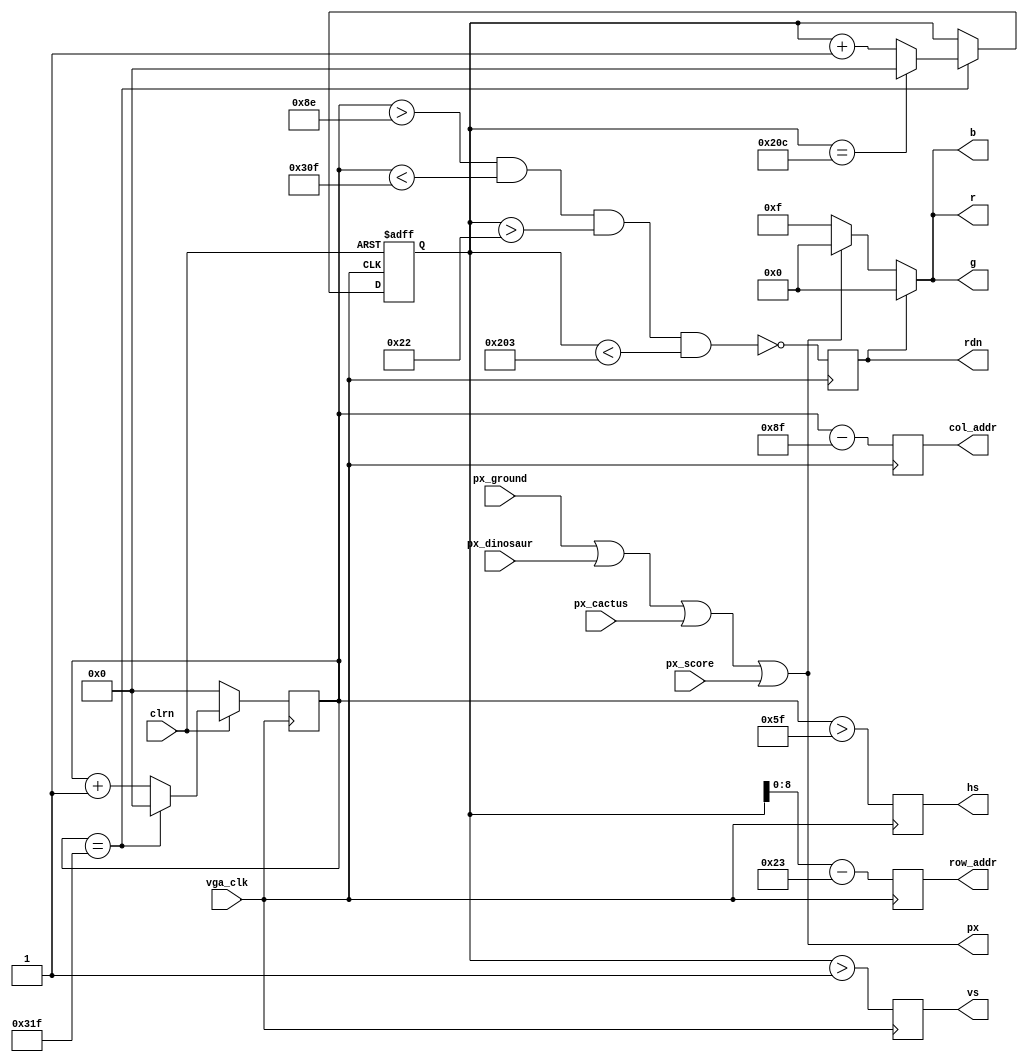
`timescale 1ns / 1ps

module Vga (vga_clk,clrn,row_addr,col_addr,rdn,r,g,b,hs,vs,px_ground,px_dinosaur,px_score,px_cactus,px); // vgac
   //input     [11:0] d_in;     // bbbb_gggg_rrrr, pixel
   input            vga_clk;  // 25MHz
   input            clrn;
   input wire px_ground;
   input wire px_dinosaur;
   input wire px_cactus;
   input wire px_score;
   output reg [8:0] row_addr; // pixel ram row address, 480 (512) lines
   output reg [9:0] col_addr; // pixel ram col address, 640 (1024) pixels
   //output reg [3:0] r,g,b; // red, green, blue colors
   output wire [3:0] r,g,b;
   output reg       rdn;      // read pixel RAM (active_low)
   output reg       hs,vs;    // horizontal and vertical synchronization
   output wire px; //for DEBUG (normally not output)
   // h_count: VGA horizontal counter (0-799)
   reg [9:0] h_count; // VGA horizontal counter (0-799): pixels
   always @ (posedge vga_clk) begin
       if (!clrn) begin
           h_count <= 10'h0;
       end else if (h_count == 10'd799) begin
           h_count <= 10'h0;
       end else begin 
           h_count <= h_count + 10'h1;
       end
   end
   // v_count: VGA vertical counter (0-524)
   reg [9:0] v_count; // VGA vertical   counter (0-524): lines
   always @ (posedge vga_clk or negedge clrn) begin
       if (!clrn) begin
           v_count <= 10'h0;
       end else if (h_count == 10'd799) begin
           if (v_count == 10'd524) begin
               v_count <= 10'h0;
           end else begin
               v_count <= v_count + 10'h1;
           end
       end
   end
    // signals, will be latched for outputs
    wire  [9:0] row    =  v_count - 10'd35;     // pixel ram row addr 
    wire  [9:0] col    =  h_count - 10'd143;    // pixel ram col addr 
    wire        h_sync = (h_count > 10'd95);    //  96 -> 799
    wire        v_sync = (v_count > 10'd1);     //   2 -> 524
    wire        read   = (h_count > 10'd142) && // 143 -> 782
                         (h_count < 10'd783) && //        640 pixels
                         (v_count > 10'd34)  && //  35 -> 514
                         (v_count < 10'd515);   //        480 lines
    

    assign r = rdn ? 4'h0 : px ? 4'b0000:4'b1111; // 3-bit red
    assign g = rdn ? 4'h0 : px ? 4'b0000:4'b1111; // 3-bit green
    assign b = rdn ? 4'h0 : px ? 4'b0000:4'b1111; // 2-bit blue

    assign px = px_ground || px_dinosaur || px_cactus || px_score;
    
    // vga signals
    always @ (posedge vga_clk) begin
        rdn      <= ~read;     // read pixel (active low)
        hs       <=  h_sync;   // horizontal synchronization
        vs       <=  v_sync;   // vertical   synchronization
        row_addr <=  row[8:0]; // pixel ram row address
        col_addr <=  col;      // pixel ram col address
    end
    
endmodule